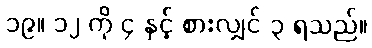
၁၉။ ၁၂ ကို ၄ နှင့် စားလျှင် ၃ ရသည်။